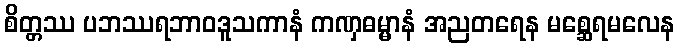
စိတ္တဿ ပဘဿရဘာဝဒူသကာနံ ကဏှဓမ္မာနံ အညတရေန မစ္ဆေရမလေန